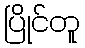
ပြိုင်တူ